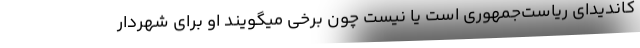
کاندیدای ریاست‌جمهوری است یا نیست چون برخی میگویند او برای شهردار